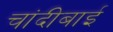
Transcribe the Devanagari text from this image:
चांदीबाई